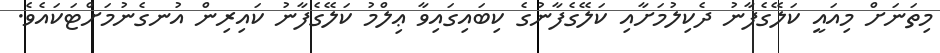
މިތަނަށް މިއައީ ކަލޭގެފާނު ދެކިލުމަށާއި ކަލޭގެފާނުގެ ކިބައިގައިވާ ޢިލްމު ކަލޭގެފާނު ކައިރިން އުނގެނުމަށްޓަކައެވެ.